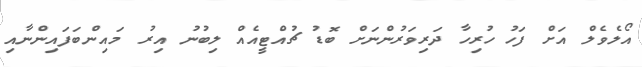
އޯލެވެލް އަށް ފަހު ހުރިހާ ދަރިވަރުންނަށް ބޮޑު ޗުއްޓީއެއް ލިބުނު އިރު މައިންބަފައިންނާއި